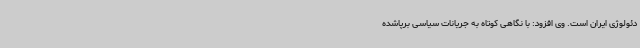
دئولوژی ایران است. وی افزود: با نگاهی کوتاه به جریانات سیاسی برپاشده